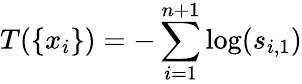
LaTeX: T(\{ x_{i}\} )=-\sum_{i=1}^{n+1}\log(s_{i,1})